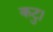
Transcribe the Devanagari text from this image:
कटु।